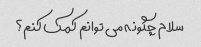
سلام چگونه می توانم کمک کنم؟